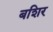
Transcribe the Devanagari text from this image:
बशिर